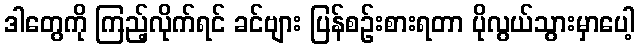
ဒါတွေကို ကြည့်လိုက်ရင် ခင်ဗျား ပြန်စဉ်းစားရတာ ပိုလွယ်သွားမှာပေါ့